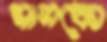
মানকো